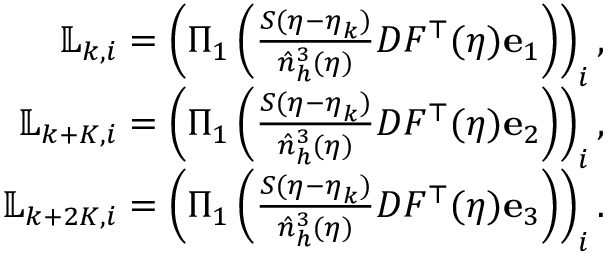
\begin{array} { r } { \mathbb { L } _ { k , i } = \left( \Pi _ { 1 } \left( \frac { S ( \boldsymbol \eta - \boldsymbol \eta _ { k } ) } { \hat { n } _ { h } ^ { 3 } ( \boldsymbol \eta ) } { D F ^ { \top } ( \boldsymbol \eta ) } { \mathbf e } _ { 1 } \right) \right) _ { i } , } \\ { \mathbb { L } _ { k + K , i } = \left( \Pi _ { 1 } \left( \frac { S ( \boldsymbol \eta - \boldsymbol \eta _ { k } ) } { \hat { n } _ { h } ^ { 3 } ( \boldsymbol \eta ) } { D F ^ { \top } ( \boldsymbol \eta ) } { \mathbf e } _ { 2 } \right) \right) _ { i } , } \\ { \mathbb { L } _ { k + 2 K , i } = \left( \Pi _ { 1 } \left( \frac { S ( \boldsymbol \eta - \boldsymbol \eta _ { k } ) } { \hat { n } _ { h } ^ { 3 } ( \boldsymbol \eta ) } { D F ^ { \top } ( \boldsymbol \eta ) } { \mathbf e } _ { 3 } \right) \right) _ { i } . } \end{array}